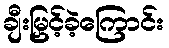
ချီးမြှင့်ခဲ့ကြောင်း